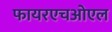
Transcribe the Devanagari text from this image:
फायरएचओएल